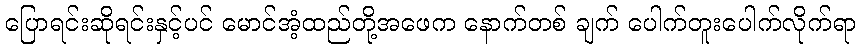
ပြောရင်းဆိုရင်းနှင့်ပင် မောင်အံ့ထည်တို့အဖေက နောက်တစ် ချက် ပေါက်တူးပေါက်လိုက်ရာ